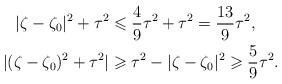
LaTeX: \begin{align*} |\zeta-\zeta_0|^2+\tau^2 &\leqslant \frac49\tau^2+\tau^2 = \frac{13}{9}\tau^2, \\ |(\zeta-\zeta_0)^2+\tau^2| &\geqslant \tau^2-|\zeta-\zeta_0|^2 \geqslant \frac59\tau^2. \end{align*}